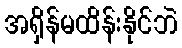
အရှိန်မထိန်းနိုင်ဘဲ